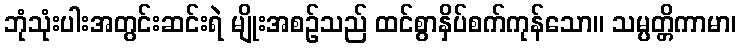
ဘုံသုံးပါးအတွင်းဆင်းရဲ မျိုးအစဉ်သည် ထင်စွာနှိပ်စက်ကုန်သော။ သမ္ပတ္တိကာမာ၊